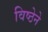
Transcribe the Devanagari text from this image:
विष्ठेने